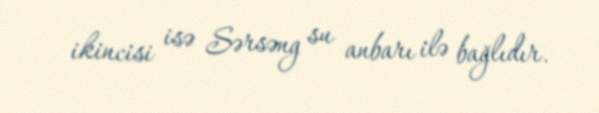
ikincisi isə Sərsəng su anbarı ilə bağlıdır.